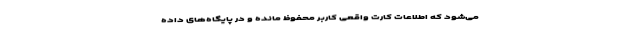
می‌شود که اطلاعات کارت واقعی کاربر محفوظ مانده و در پایگاه‌های داده